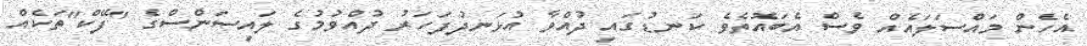
އެހެން މައްސަލައެއް ވެސް އެބައޮތެވެ ކަނޑުގައި ދުއްވާ އުޅަނދުފަހަރު ދުއްވުމުގެ ލައިސަންސްގެ "ފޭކް"ތަކެއް